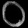
Digit: ၀